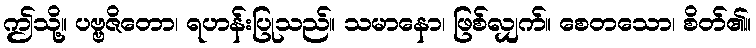
ဤသို့။ ပဗ္ဗဇိတော၊ ရဟန်းပြုသည်။ သမာနော၊ ဖြစ်လျှက်။ စေတသော၊ စိတ်၏။